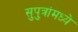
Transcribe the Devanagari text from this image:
सुपुत्रांमध्ये